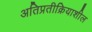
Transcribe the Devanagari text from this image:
अतिप्रतीक्रियाशील